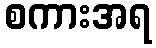
စကားအရ